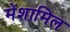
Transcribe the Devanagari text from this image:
मेंशामिल